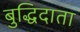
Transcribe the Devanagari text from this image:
बुद्धिदाता